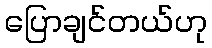
ပြောချင်တယ်ဟု